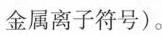
金属离子符号）。